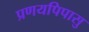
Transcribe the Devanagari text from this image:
प्रणयपिपासु